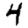
Digit: 4